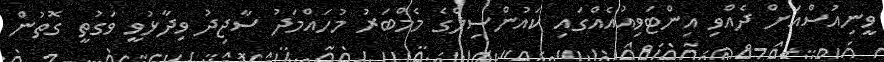
ވީނިއުސްއަށް ދެއްވި އިންޓަވިއުއެއްގައި ކައުންސިލްގެ މެމްބަރު މުހައްމަދު ސާޖިދު ވިދާޅުވީ ވަގުތީ ގޮތުން